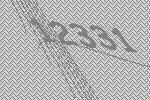
12331